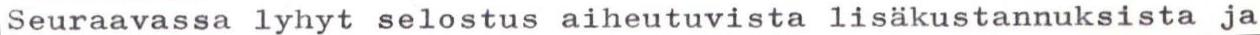
Seuraavassa lyhyt selostus aiheutuvista lisäkustannuksista ja